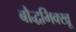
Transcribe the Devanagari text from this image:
बौद्धभिक्खू